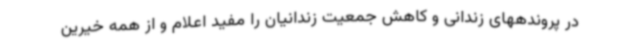
در پروندههای زندانی و کاهش جمعیت زندانیان را مفید اعلام و از همه خیرین